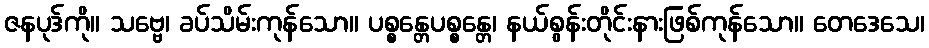
ဇနပုဒ်ကို။ သဗ္ဗေ၊ ခပ်သိမ်းကုန်သော။ ပစ္စန္တေပစ္စန္တေ၊ နယ်စွန်းတိုင်းနားဖြစ်ကုန်သော။ တေဒေသေ၊